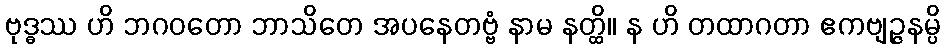
ဗုဒ္ဓဿ ဟိ ဘဂဝတော ဘာသိတေ အပနေတဗ္ဗံ နာမ နတ္ထိ။ န ဟိ တထာဂတာ ဧကဗျဉ္ဇနမ္ပိ